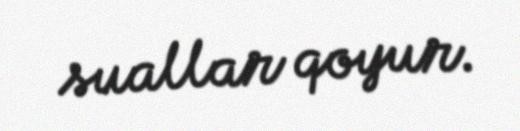
suallar qoyur.